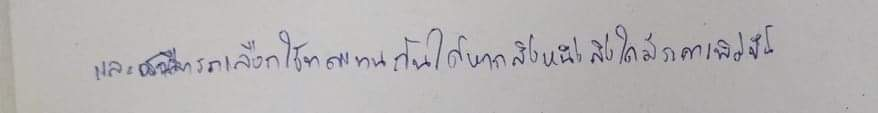
และสามารถเลือกใช้ทดแทนกันได้หากสิ่งหนึ่งสิ่งใดมีราคาเพิ่มขึ้น